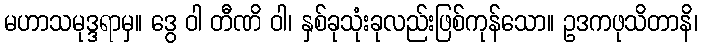
မဟာသမုဒ္ဒရာမှ။ ဒွေ ဝါ တီဏိ ဝါ၊ နှစ်ခုသုံးခုလည်းဖြစ်ကုန်သော။ ဥဒကဖုသိတာနိ၊